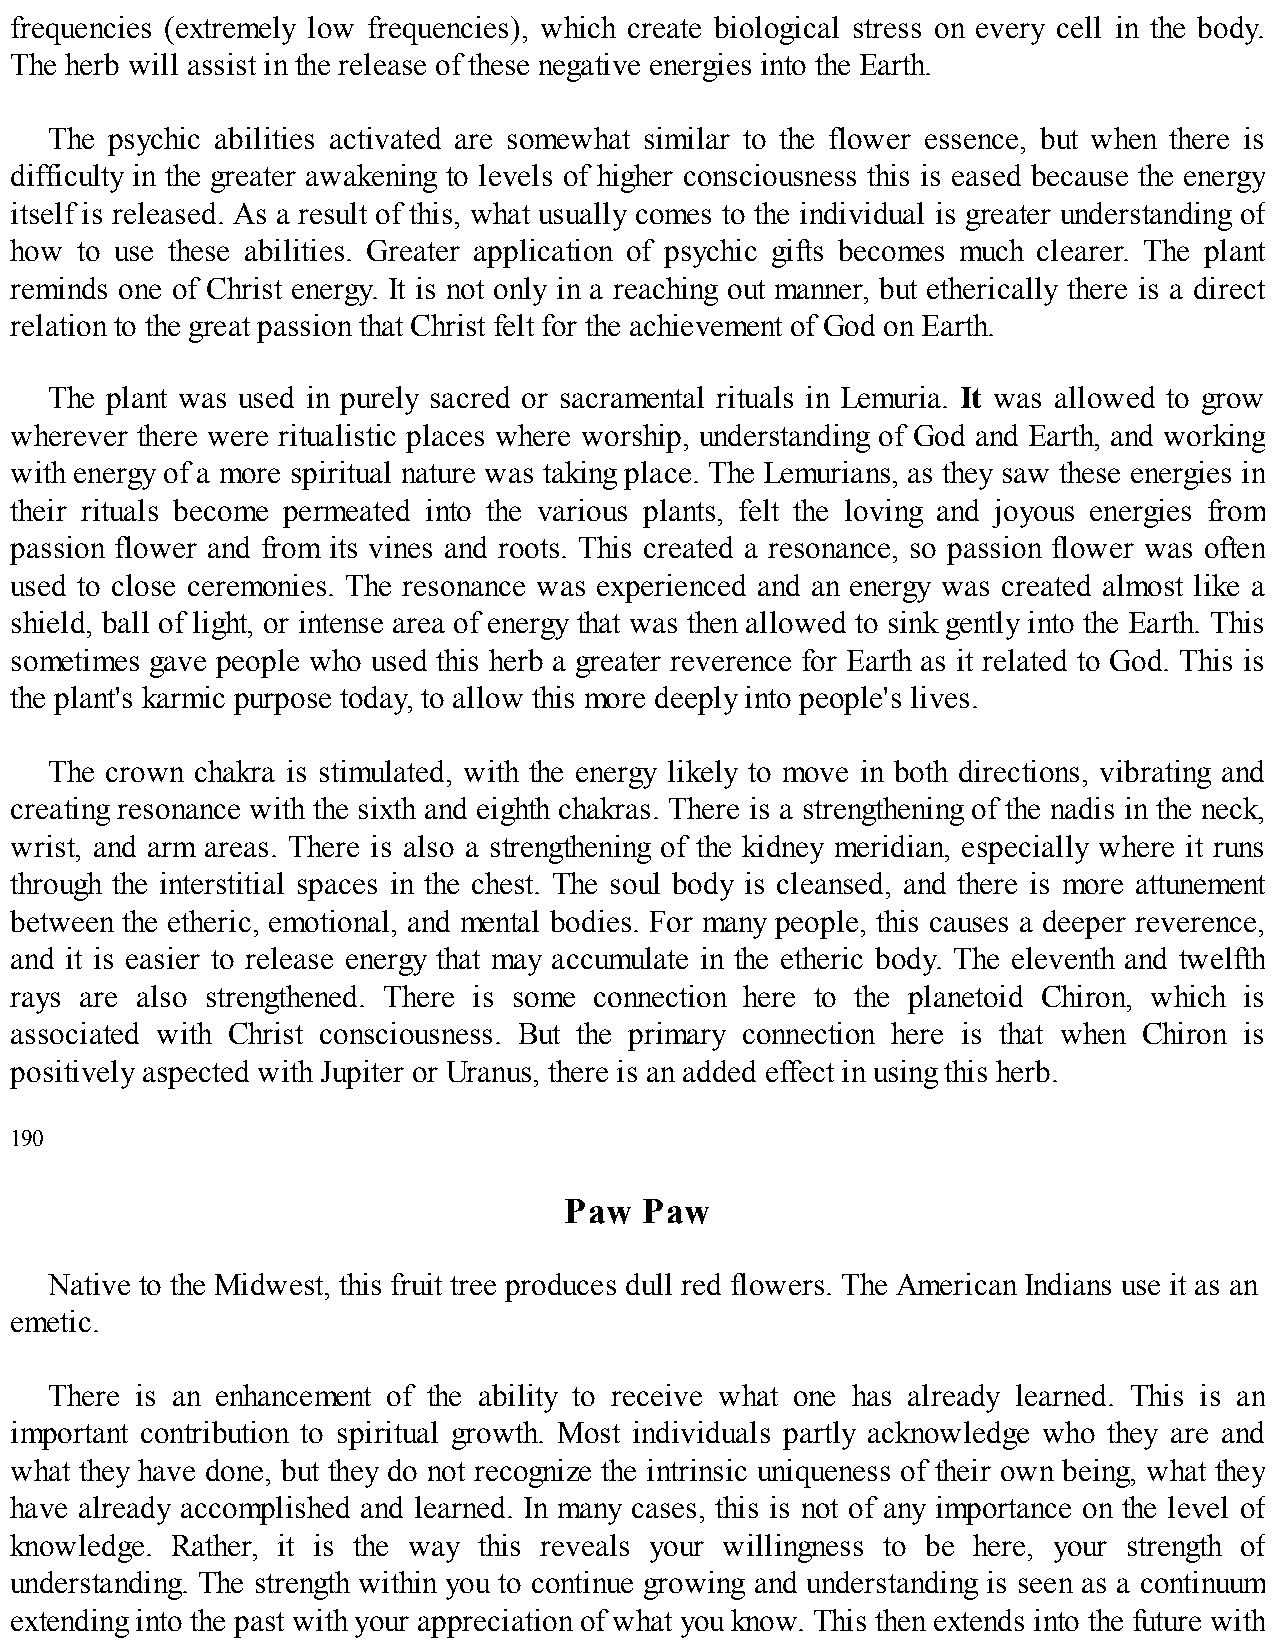
frequencies (extremely low frequencies), which create biological stress on every cell in the body.
 The herb will assist in the release of these negative energies into the Earth.
 The psychic abilities activated are somewhat similar to the flower essence, but when there is
 difficulty in the greater awakening to levels of higher consciousness this is eased because the energy
 itself is released. As a result of this, what usually comes to the individual is greater understanding of
 how to use these abilities. Greater application of psychic gifts becomes much clearer. The plant
 reminds one of Christ energy. It is not only in a reaching out manner, but etherically there is a direct
 relation to the great passion that Christ felt for the achievement of God on Earth.
 The plant was used in purely sacred or sacramental rituals in Lemuria. It was allowed to grow
 wherever there were ritualistic places where worship, understanding of God and Earth, and working
 with energy of a more spiritual nature was taking place. The Lemurians, as they saw these energies in
 their rituals become permeated into the various plants, felt the loving and joyous energies from
 passion flower and from its vines and roots. This created a resonance, so passion flower was often
 used to close ceremonies. The resonance was experienced and an energy was created almost like a
 shield, ball of light, or intense area of energy that was then allowed to sink gently into the Earth. This
 sometimes gave people who used this herb a greater reverence for Earth as it related to God. This is
 the plant's karmic purpose today, to allow this more deeply into people's lives.
 The crown chakra is stimulated, with the energy likely to move in both directions, vibrating and
 creating resonance with the sixth and eighth chakras. There is a strengthening of the nadis in the neck,
 wrist, and arm areas. There is also a strengthening of the kidney meridian, especially where it runs
 through the interstitial spaces in the chest. The soul body is cleansed, and there is more attunement
 between the etheric, emotional, and mental bodies. For many people, this causes a deeper reverence,
 and it is easier to release energy that may accumulate in the etheric body. The eleventh and twelfth
 rays are also strengthened. There is some connection here to the planetoid Chiron, which is
 associated with Christ consciousness. But the primary connection here is that when Chiron is
 positively aspected with Jupiter or Uranus, there is an added effect in using this herb.
 190
 Paw   Paw
 Native to the Midwest, this fruit tree produces dull red flowers. The American Indians use it as an
 emetic.
 There is an enhancement of the ability to receive what one has already learned. This is an
 important contribution to spiritual growth. Most individuals partly acknowledge who they are and
 what they have done, but they do not recognize the intrinsic uniqueness of their own being, what they
 have already accomplished and learned. In many cases, this is not of any importance on the level of
 knowledge. Rather, it is the way this reveals your willingness to be here, your strength of
 understanding. The strength within you to continue growing and understanding is seen as a continuum
 extending into the past with your appreciation of what you know. This then extends into the future with